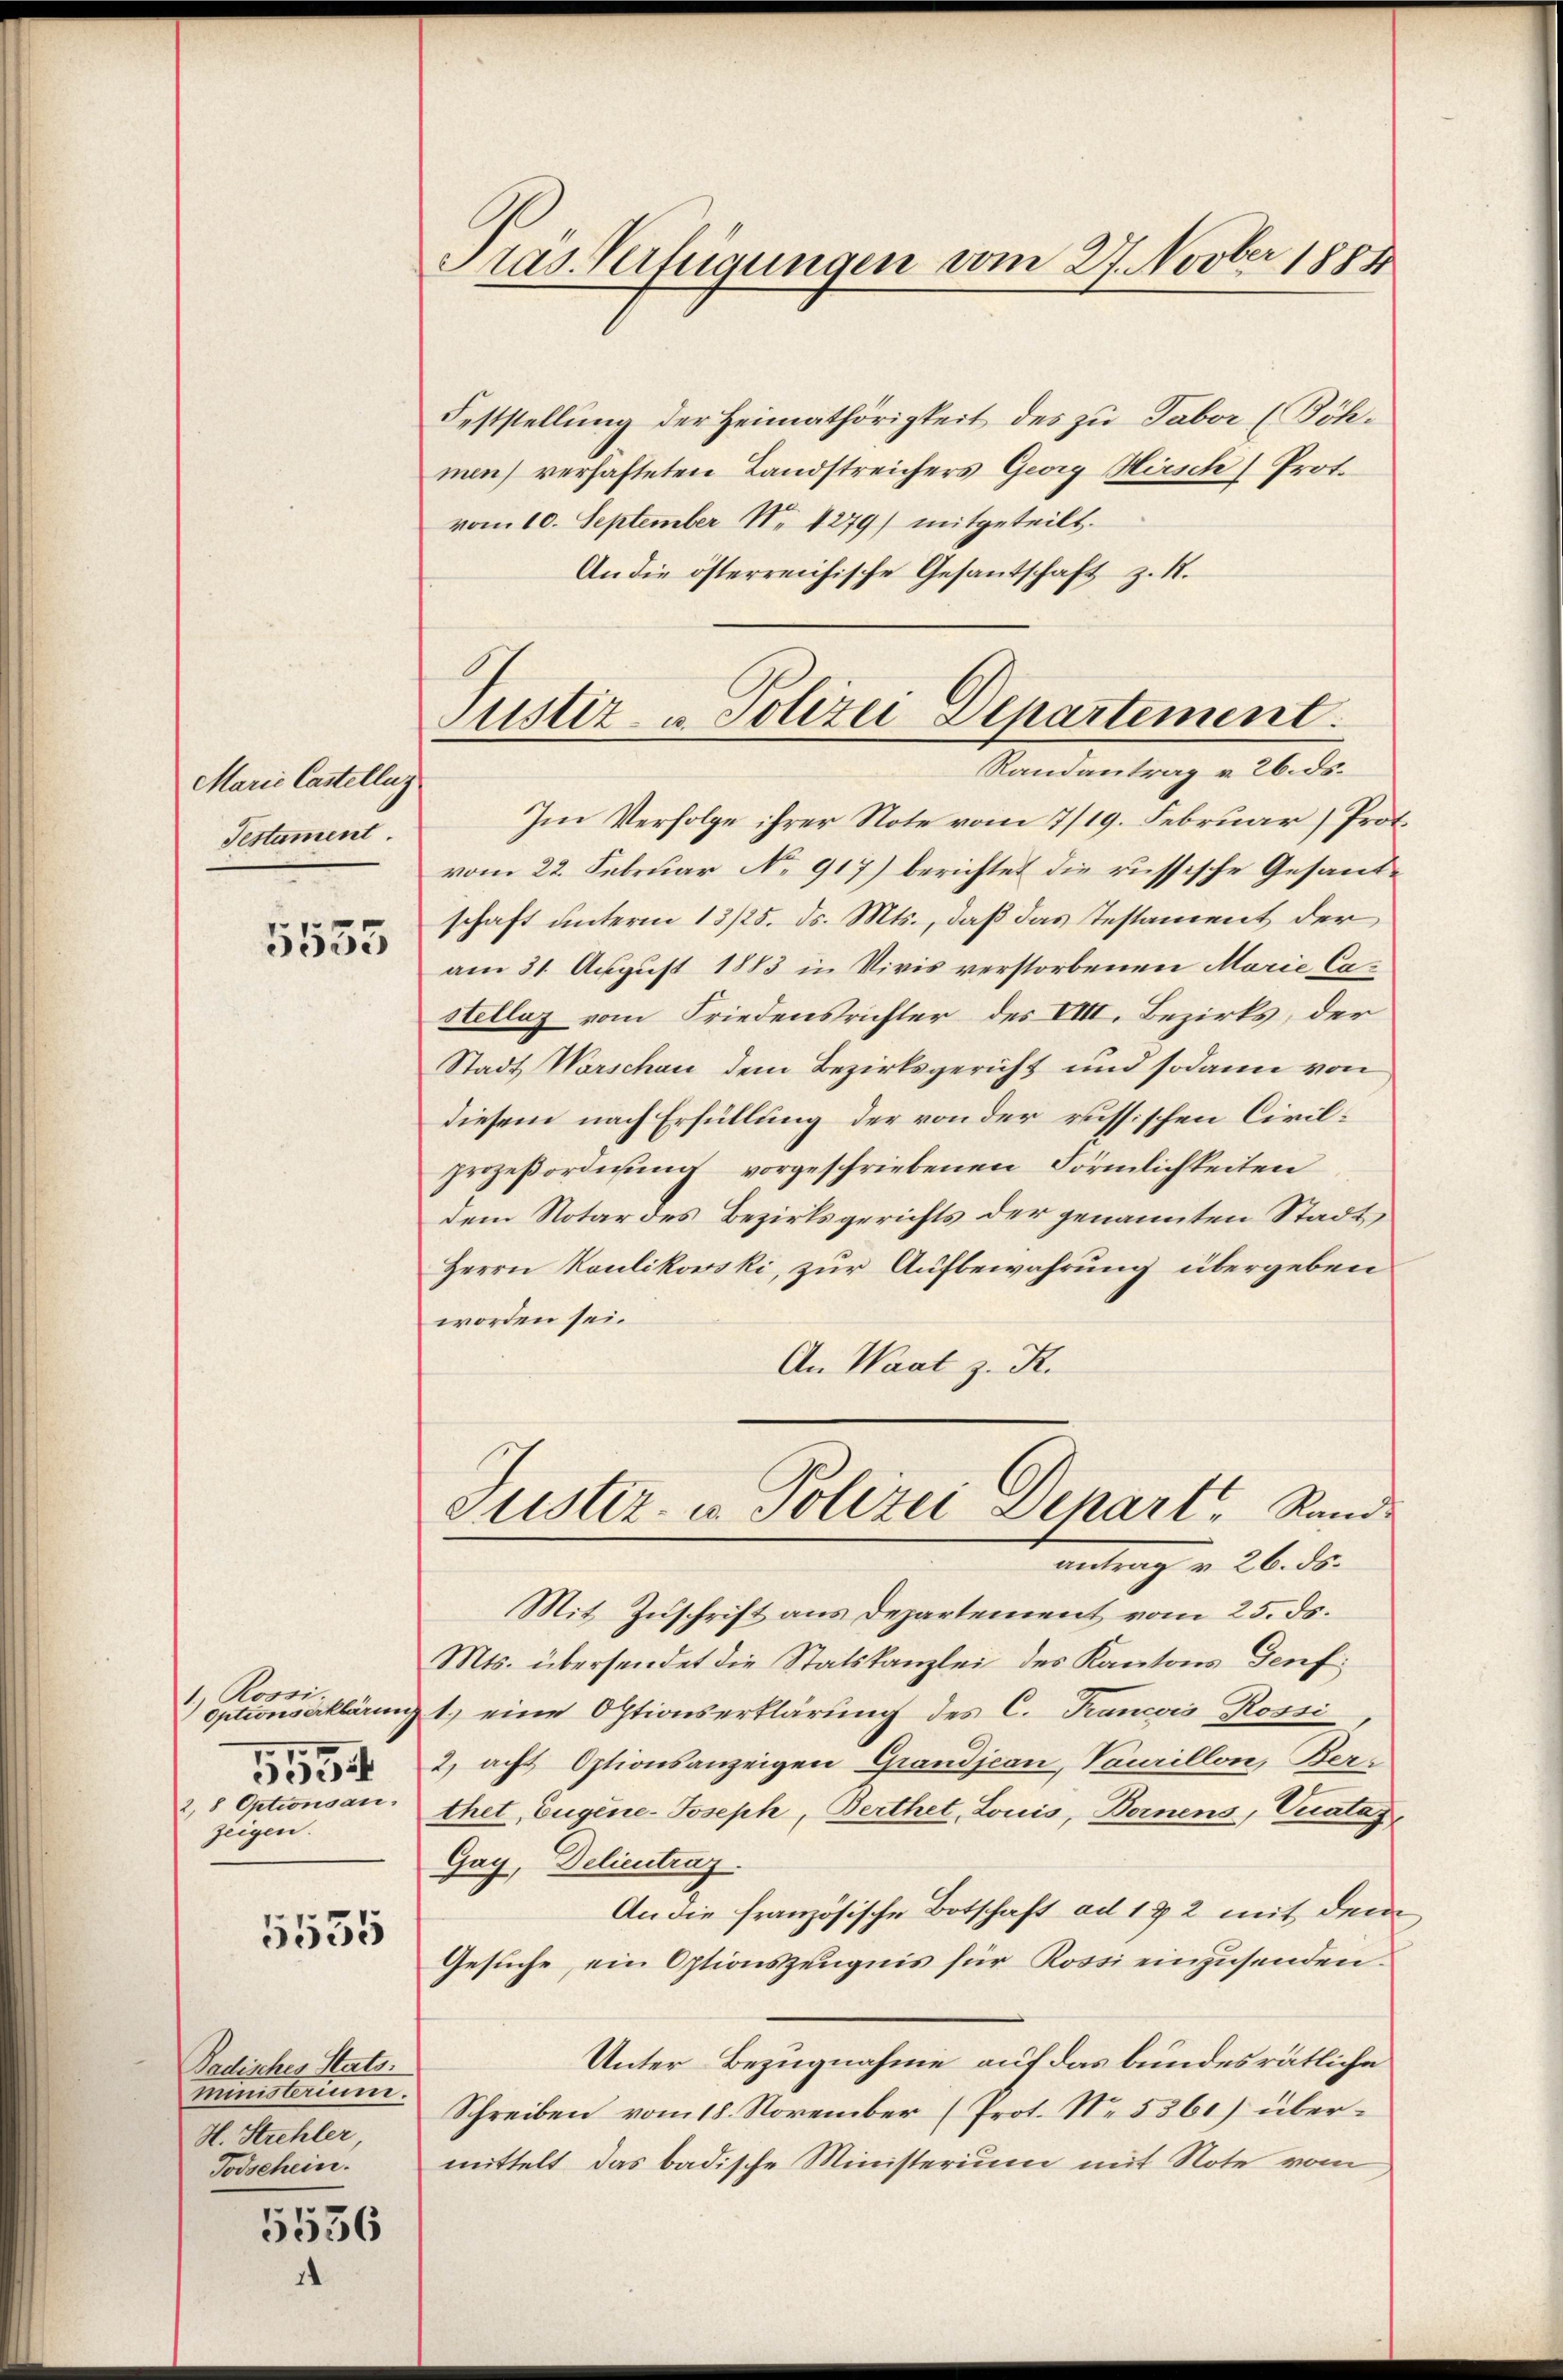
Marie Castellun
Testament
5553

1.) Rossi.
Optionserklärung
5554
2, 8 Optionsan.
zeigen.

5535

Padisches Stats.
ministerium.
H. Strehler
Todschein.

5556
1

Das Verfügungen vom 27. Novber 1884

Feststellung der Heimathörigkeit des zu Tabor (Böhmen) verhafteten Landstreichers Georg Hirsch) Prot.
vom 10. September Nr 1279) mitgeteilt.
An die österreichische Gesantschaft z. B.

Justiz- u. Polizei Departement.
Randantrag v. 26. ds.

Im Verfolge ihrer Note vom 7/19. Februar (Prot.
vom 22. Februar No. 917) berichtet die russische Gesandschaft unterm 13/25. ds. Mts., daß das Testament der
am 31. August 1883 in Vivis verstorbenen Marie Castellaz vom Friedensrichter des VIII. Bezirks, der
Stadt Warschau dem Bezirksgericht und sodann von
diesem nach Erfüllung der von der russischen Civilprozeßordnung vorgeschriebenen Förmlichkeiten
dem Notar des Bezirksgerichts der genannten Stadt,
Herrn Kaulikowski, zur Aufbewahrung übergeben
worden sei.
An Waat z. R.
Justiz- u. Polizei Depart, Rande
antrag v. 26. ds.
Mit Zuschrift aus Departement vom 25. ds.
Mts. übersendet die Statskanzlei des Kantons Genf
1.) eine Optionserklärung des C. Francois Rossi
2. acht Optionsanzeigen Grandjean, Vaurillon, Ber
thet, Eugene-Joseph, Berthet, Louis, Bornens, Vuatas
Gay, Delieutrag
An die französische Botschaft ad 172 mit dem
Gesuche, ein Optionszeugnis für Rossi einzusenden.
Unter-Bezugnahme auf das bundesrätliche
Schreiben vom 18. November (Prot. No. 5361) übermittelt das badische Ministerium mit Note vom